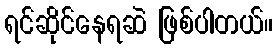
ရင်ဆိုင်နေရဆဲ ဖြစ်ပါတယ်။